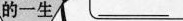
的一生 ___